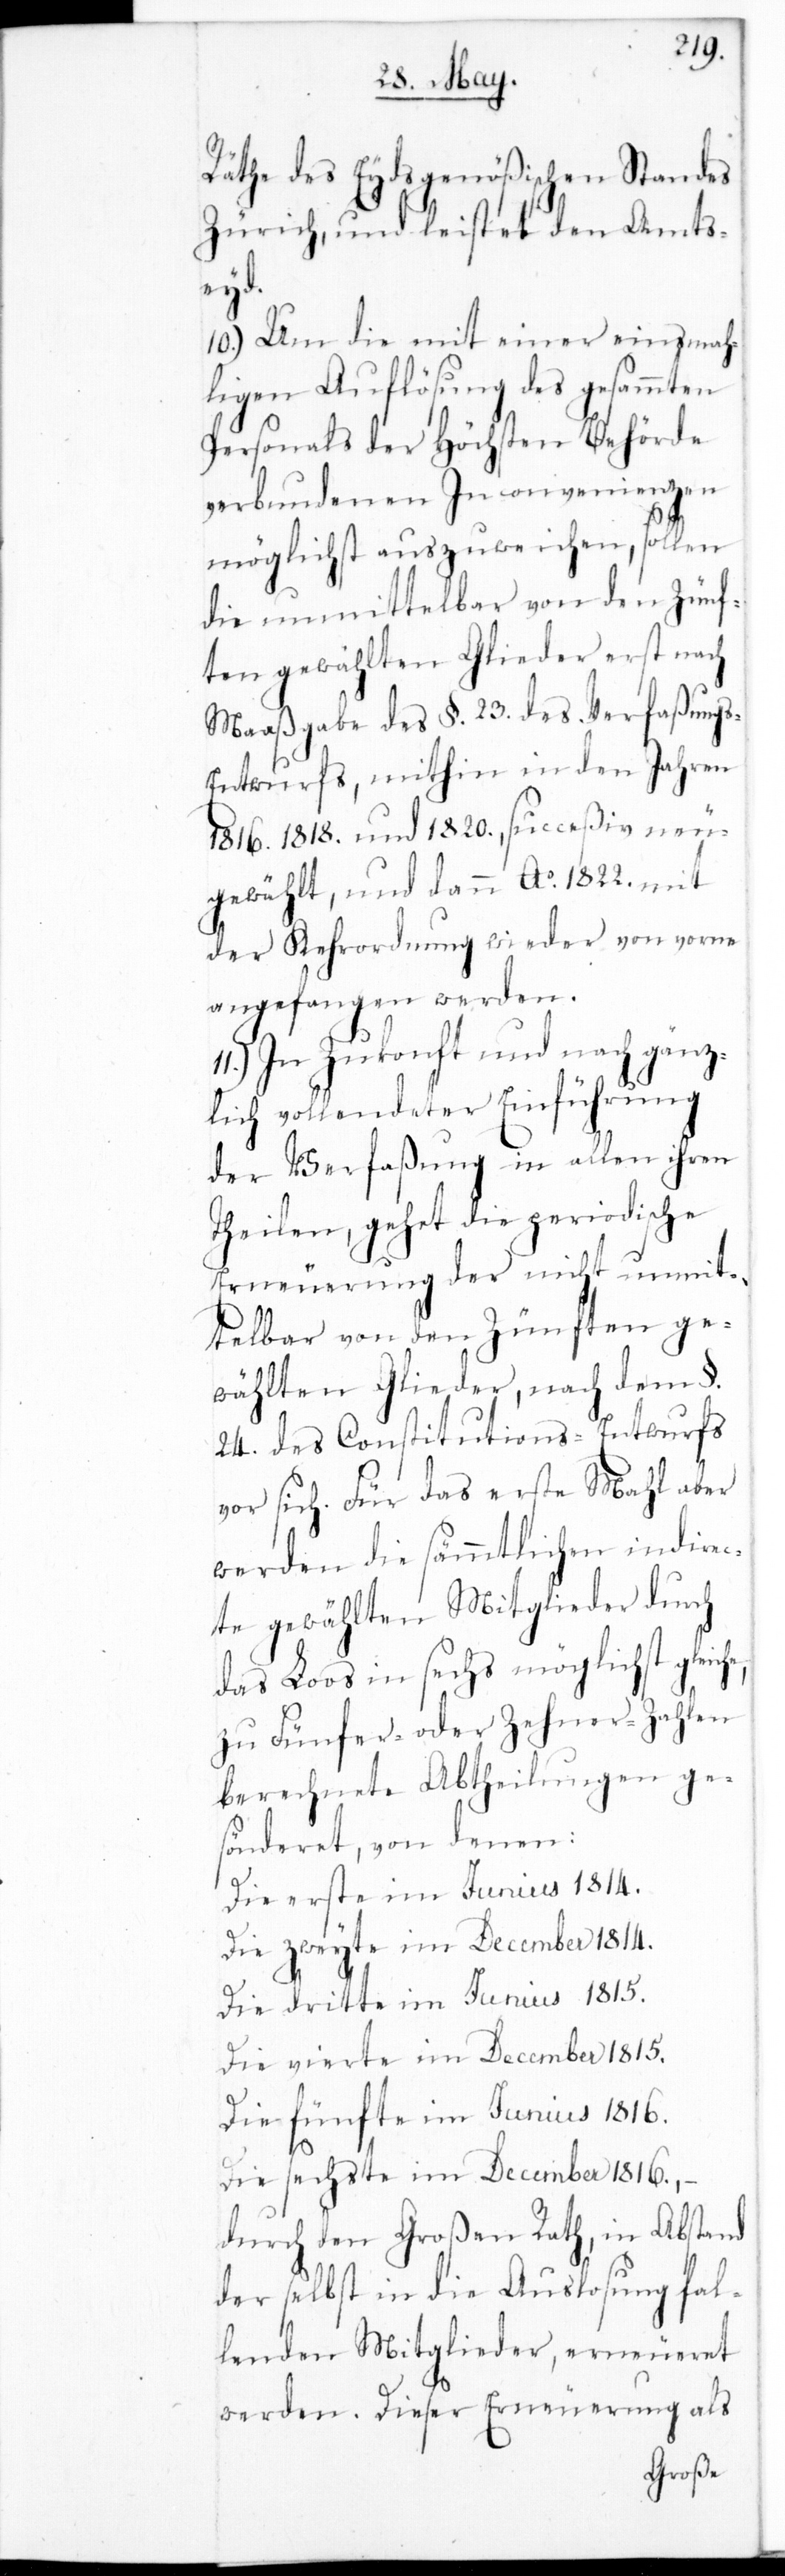
Räthe des Eydsgenößischen Standes
Zürich und leistet den Amts¬
he,
10.) Um die mit einer einmah¬
ligen Auflösung des gesammten
Personals der Höchsten Behörde
verbundenen Inconvenienzen
möglichst auszuweichen, sollen
die unmittelbar von den Zünf¬
ten gewählten Glieder erst nach
Maaßgabe des §. 23. des Verfaßung¬
s-Entwurfs, mithin in den Jahren
1816. 1818. und 1820. succeßiv neu¬
gewählt, und dann Ao. 1822. mit
der Kehrordnung wieder von vorne
angefangen werden.
In Zukonft und nach gänz¬
lich vollendeter Einführung
der Verfaßung in allen ihren
Theilen, gehet die periodische
Erneuerung der nicht unmit¬
telbar von den Zünften ge¬
wählten Glieder, nach dem §.
24. des Constitutions-Entwurfs
vor sich. Für das erste Mahl aber
werden die sämmtlichen indire¬
cte gewählten Mitglieder durch
das Loos in sechs möglichst gleic¬
zu Fünfer- oder Zehner-Zahlen
berechnete Abtheilungen ge¬
sönderet, von denen:
Die erste im Junius 1814.
Die zweyte im December 1814.
Die dritte im Junius 1815.
Die vierte im December 1815.
Die fünfte im Junius 1816.
Die sechste im December 1816;
durch den Großen Rath, in Abstand
der selbst in die Auslosung fal¬
lenden Mitglieder, erneueret
werden. Dieser Erneuerung als